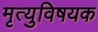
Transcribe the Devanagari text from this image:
मृत्युविषयक